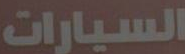
السيارات